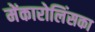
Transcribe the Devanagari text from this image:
मेंकारोलिंसका